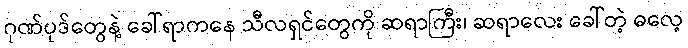
ဂုဏ်ပုဒ်တွေနဲ့ ခေါ်ရာကနေ သီလရှင်တွေကို ဆရာကြီး၊ ဆရာလေး ခေါ်တဲ့ ဓလေ့